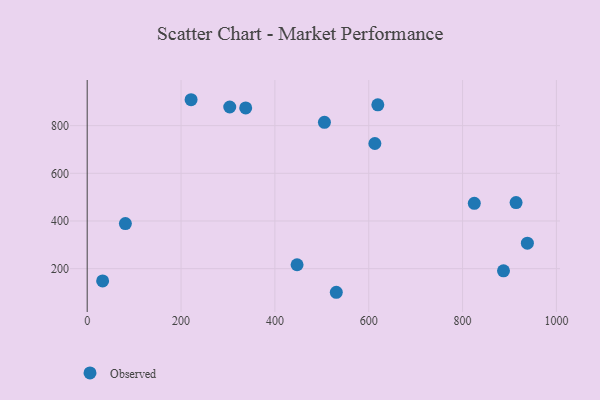
{"axis": {"x": "Distance", "y": "Profit"}, "legend": ["Observed"], "data": [{"x": "221.4", "y": 908.6, "type": "Observed"}, {"x": "505.6", "y": 813.9, "type": "Observed"}, {"x": "447.3", "y": 216.5, "type": "Observed"}, {"x": "619.4", "y": 887.1, "type": "Observed"}, {"x": "32.9", "y": 148.8, "type": "Observed"}, {"x": "530.9", "y": 101.0, "type": "Observed"}, {"x": "303.8", "y": 878.0, "type": "Observed"}, {"x": "938.1", "y": 306.8, "type": "Observed"}, {"x": "825.0", "y": 474.0, "type": "Observed"}, {"x": "914.0", "y": 477.3, "type": "Observed"}, {"x": "81.4", "y": 389.1, "type": "Observed"}, {"x": "337.8", "y": 874.2, "type": "Observed"}, {"x": "613.1", "y": 724.9, "type": "Observed"}, {"x": "887.2", "y": 191.0, "type": "Observed"}]}